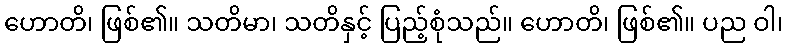
ဟောတိ၊ ဖြစ်၏။ သတိမာ၊ သတိနှင့် ပြည့်စုံသည်။ ဟောတိ၊ ဖြစ်၏။ ပည ဝါ၊